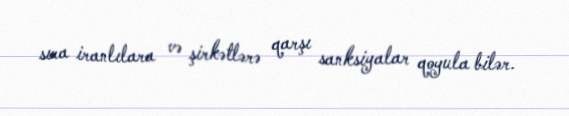
sıra iranlılara və şirkətlərə qarşı sanksiyalar qoyula bilər.